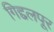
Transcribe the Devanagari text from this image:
गिद्दलपूर